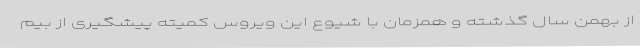
از بهمن سال گذشته و همزمان با شیوع این ویروس کمیته پیشگیری از بیم